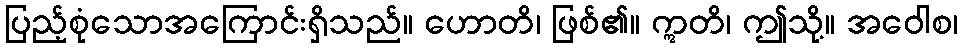
ပြည့်စုံသောအကြောင်းရှိသည်။ ဟောတိ၊ ဖြစ်၏။ ဣတိ၊ ဤသို့။ အဝေါစ၊